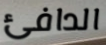
الدافئ